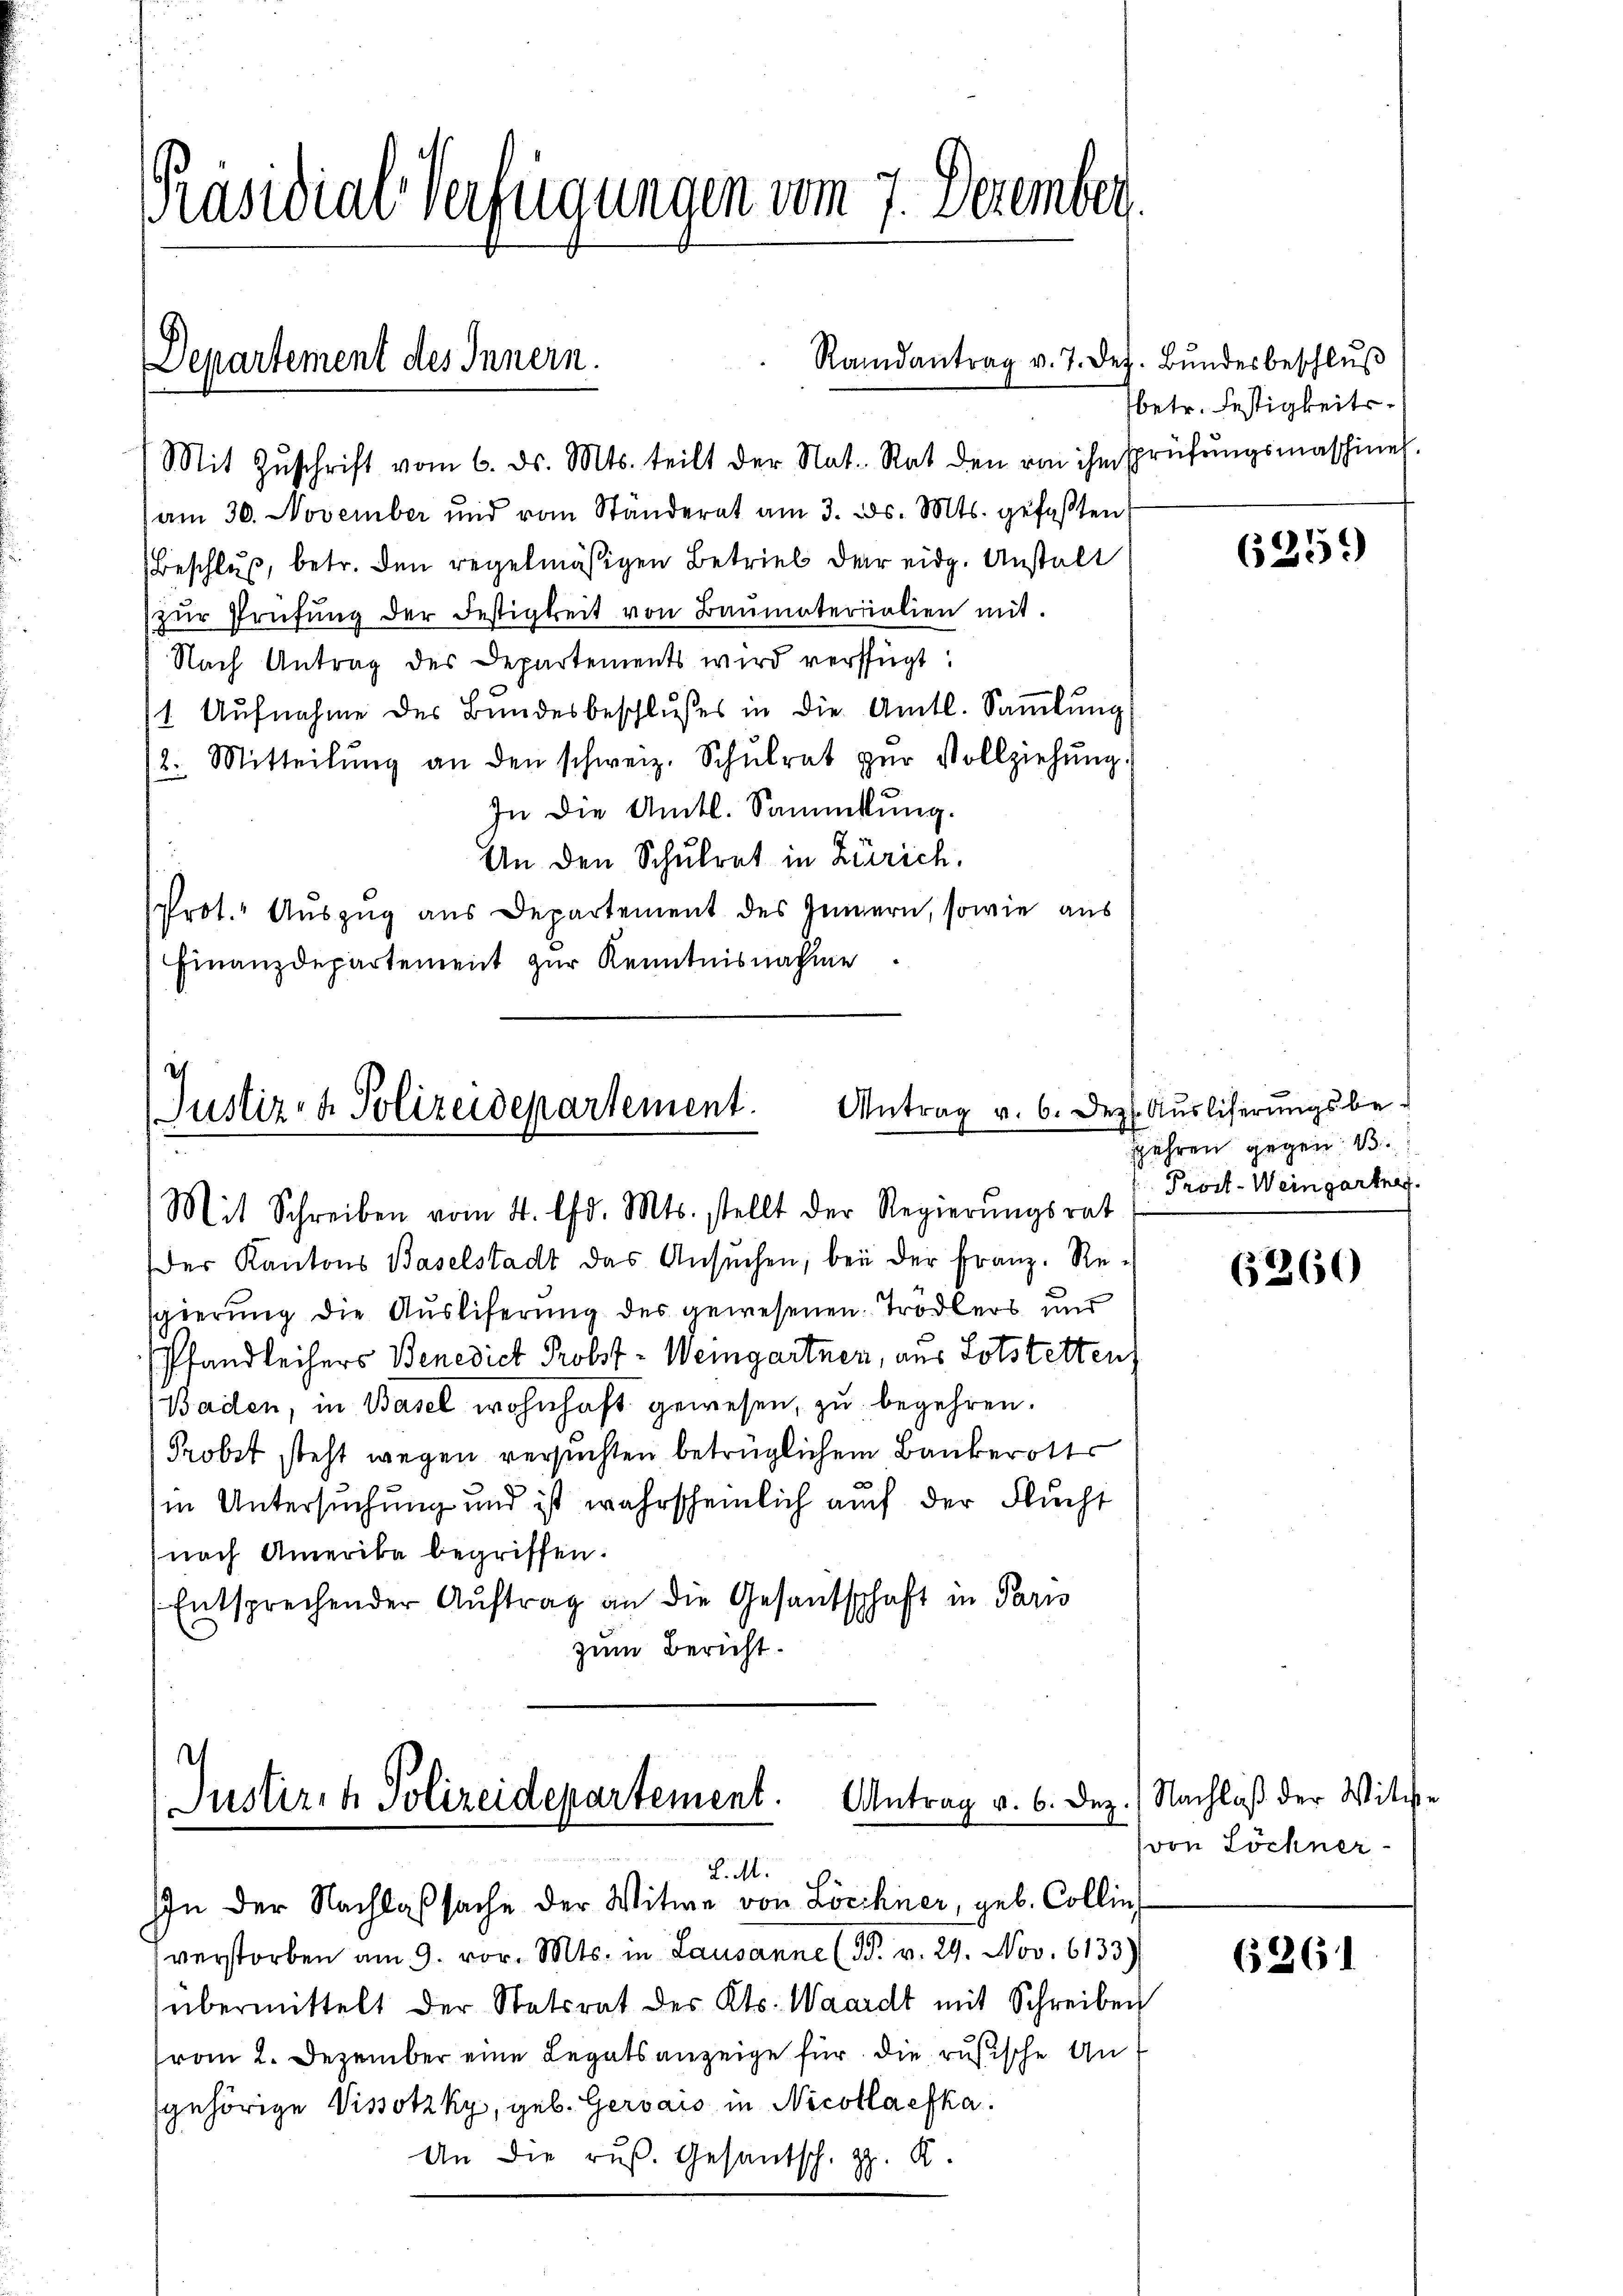
Präsidial-Verfügungen vom 7. Dezember

Departement des Innern.

Mit Zŭschrift vom 6. ds. Mts. teilt der Nat. Rat den von ihm sprüfŭngsmaschinel
am 30. November und vom Ständerat am 3. ds. Mts. gefaßten,
Beschluß, betr. den regelmäßigen Betrieb der eidg. Anstalt
zŭr Prüfŭng der Festigkeit von Baŭmaterialien mit.
Nach Antrag des Departements wird verfügt:
/1. Aufnahme des Bundesbeschlußes in die Amtl. Sammlung
/2. Mitteilŭng an den schweiz. Schŭlrat zŭr Vollziehŭng.
In die Amtl. Sammlung.
An den Schulrat in Zürich.
Prot. Auszug aus Departement des Innern, sowie aus
Finanzdepartement zur Kenntnisnahme

Randantrag v. 7. Dez. Bŭndesbeschlŭβ

d
Antrag v. 6. Der
Justiz- & Polizeidepartement.
Mit Schreiben vom 4. d. Mts. stellt der Regierŭngsrat

der Kantons Baselstadt das Ansŭchen, bei der Franz. Re-
gierung die Auslieferung des gewesenen Trodlers und
Pfandleihers Benedich Probst-Weingartner, aus Lotstettenz
Baden, in Basel wohnhaft gewesen, zu begehren.
Probst steht wegen versuchten betrüglichem Bankerott
(in Untersuchung und ist wahrscheinlich auch der Flucht
nach Amerika begriffen.
Entsprechender Auftrag an die Gesandschaft in Paris
zum Bericht.

Justiren Polizeidepartement. Antrag v. 6. Dez. Nachlaß der Witwe
L.M.
In der Nachlaßsache der Witwe von Löchner, geb. Collin¬

verstorben am 9. vor. Mts. in Lausanne (T. v. 29. Nov. 6133)
übermittelt der Statsrat des Kts. Waardt mit Schreiben
vom 2. Dezember eine Legatsanzeige für die rusische Angehörige Vissotzky, geb. Gervais in Nicollaefka.
An die ruß. Gesantsch. z. R.

betr. Festigkeits¬

625)

z. Auslisierungsbegehren gegen B
Prost-Weingartner.

6360

von Löchner

6261